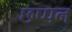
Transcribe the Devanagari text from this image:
छप्‍पन